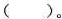
( )。